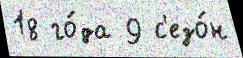
18 го́да 9 с'езо́н